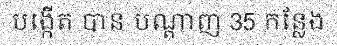
បង្កើត បាន បណ្តាញ 35 កន្លែង